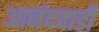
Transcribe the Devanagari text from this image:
आनंदवाडी